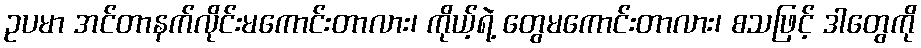
ဥပမာ အင်တာနက်လိုင်းမကောင်းတာလား၊ ကိုယ့်ရဲ့ တွေမကောင်းတာလား၊ စသဖြင့် ဒါတွေကို